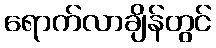
ရောက်လာချိန်တွင်